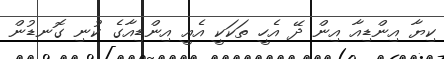
ކިޔާ އިންޑިއާ އިން ދޭ އެހީ ތަކަކީ އެއީ އިންޑިއާގެ ކުނި ގޮނޑުން